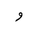
Letter: _waw